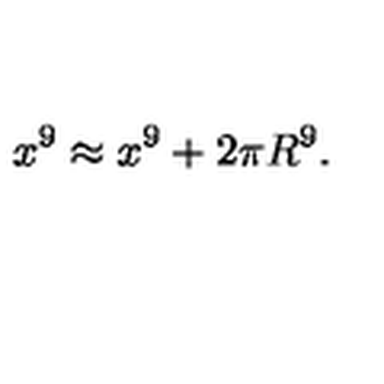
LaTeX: x ^ { 9 } \approx x ^ { 9 } + 2 \pi R ^ { 9 } .